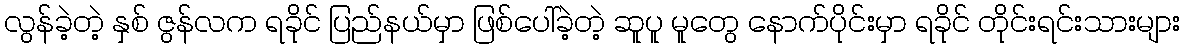
လွန်ခဲ့တဲ့ နှစ် ဇွန်လက ရခိုင် ပြည်နယ်မှာ ဖြစ်ပေါ်ခဲ့တဲ့ ဆူပူ မူတွေ နောက်ပိုင်းမှာ ရခိုင် တိုင်းရင်းသားများ